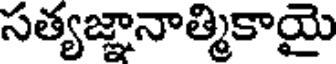
సత్యజ్ఞానాత్మికాయై